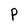
Character: P